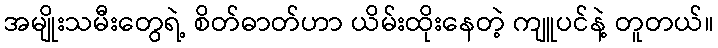
အမျိုးသမီးတွေရဲ့ စိတ်ဓာတ်ဟာ ယိမ်းထိုးနေတဲ့ ကျူပင်နဲ့ တူတယ်။